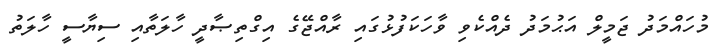
މުހައްމަދު ޖަމީލް އަޙުމަދު ދެއްކެވި ވާހަކަފުޅުގައި ރާއްޖޭގެ އިގްތިޞާދީ ހާލަތާއި ސިޔާސީ ހާލަތު